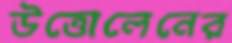
উত্তোলেনের